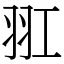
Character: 羾